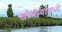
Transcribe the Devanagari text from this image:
खोबऱ्यामध्ये